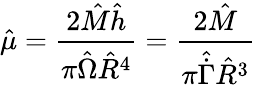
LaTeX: \hat{\mu}=\frac{2\hat{M}\hat{h}}{\pi\hat{\Omega}\hat{R}^{4}}=\frac{2\hat{M}}{\pi\hat{\dot{\Gamma}}\hat{R}^{3}}